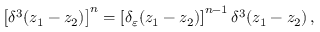
\left[ \delta ^ { 3 } ( z _ { 1 } - z _ { 2 } ) \right] ^ { n } = \left[ \delta _ { \varepsilon } ( z _ { 1 } - z _ { 2 } ) \right] ^ { n - 1 } \delta ^ { 3 } ( z _ { 1 } - z _ { 2 } ) \, ,